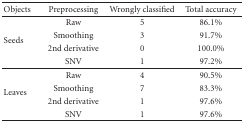
<table><thead><tr><td><b>Objects</b></td><td><b>Preprocessing</b></td><td><b>Wrongly classified</b></td><td><b>Total accuracy</b></td></tr></thead><tbody><tr><td rowspan="4">Seeds</td><td>Raw</td><td>5</td><td>86.1%</td></tr><tr><td>Smoothing</td><td>3</td><td>91.7%</td></tr><tr><td>2nd derivative</td><td>0</td><td>100.0%</td></tr><tr><td>SNV</td><td>1</td><td>97.2%</td></tr><tr><td rowspan="4">Leaves</td><td>Raw</td><td>4</td><td>90.5%</td></tr><tr><td>Smoothing</td><td>7</td><td>83.3%</td></tr><tr><td>2nd derivative</td><td>1</td><td>97.6%</td></tr><tr><td>SNV</td><td>1</td><td>97.6%</td></tr></tbody></table>